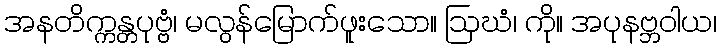
အနတိက္ကန္တပုဗ္ဗံ၊ မလွန်မြောက်ဖူးသော။ ဩဃံ၊ ကို။ အပုနဗ္ဘဝါယ၊